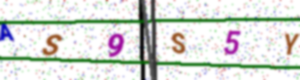
Text: AS9S5Y